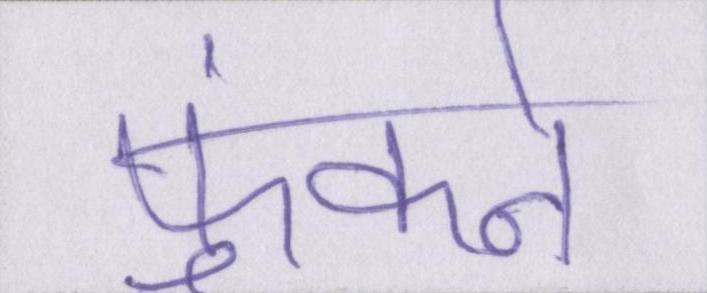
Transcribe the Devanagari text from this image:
फुंकने